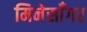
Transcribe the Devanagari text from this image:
मिनेसाँगर